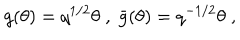
g ( \theta ) = q ^ { 1 / 2 } \theta \; , \; \bar { g } ( \theta ) = q ^ { - 1 / 2 } \theta \; ,